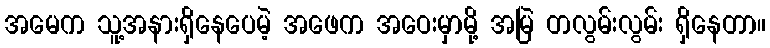
အမေက သူ့အနားရှိနေပေမဲ့ အဖေက အဝေးမှာမို့ အမြဲ တလွမ်းလွမ်း ရှိနေတာ။